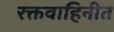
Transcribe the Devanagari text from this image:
रक्तवाहिनीत